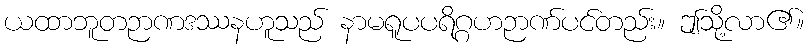
ယထာဘူတဉာဏဒဿနဟူသည် နာမရူပပရိဂ္ဂဟဉာဏ်ပင်တည်း။ ဤသို့လာ၏။